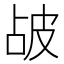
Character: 𤿝